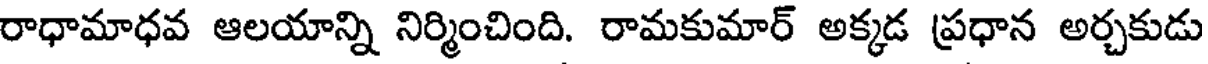
రాధామాధవ ఆలయాన్ని నిర్మించింది. రామకుమార్ అక్కడ ప్రధాన అర్చకుడు